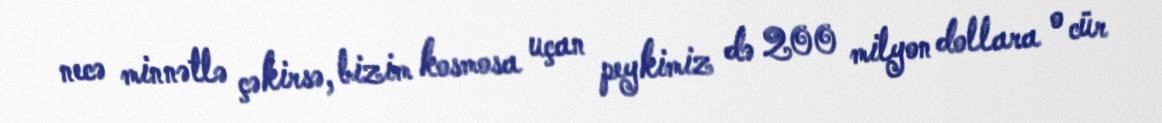
necə minnətlə çəkirsə, bizim kosmosa uçan peykimiz də 200 milyon dollara o cür